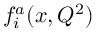
f _ { i } ^ { a } ( x , Q ^ { 2 } )